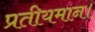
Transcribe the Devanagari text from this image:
प्रतीयमान।